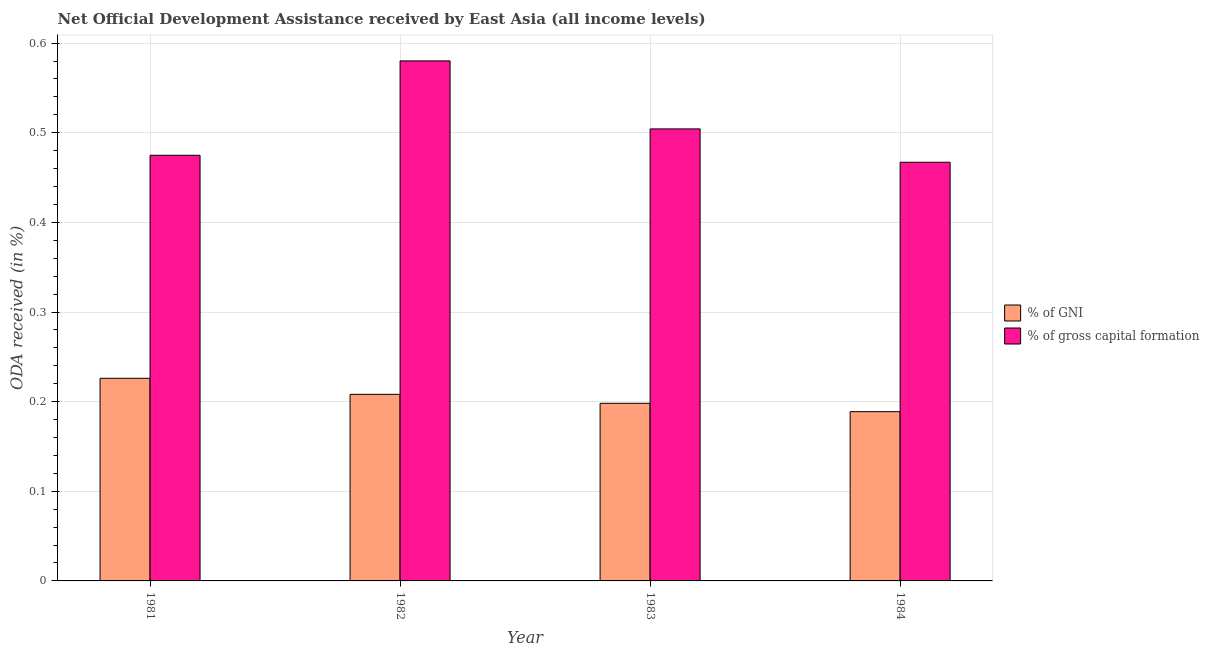
| Year | % of GNI | % of gross capital formation |
 | --- | --- | --- |
 | 1981 | 0.226 | 0.475 |
 | 1982 | 0.208 | 0.58 |
 | 1983 | 0.198 | 0.504 |
 | 1984 | 0.189 | 0.467 |